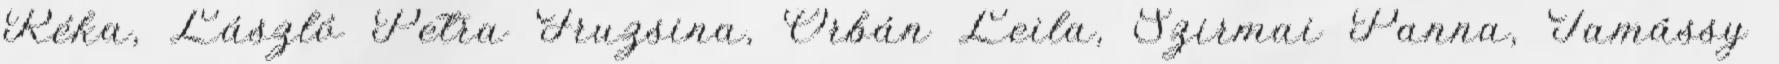
Réka, László Petra Fruzsina, Orbán Leila, Szirmai Panna, Tamássy